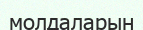
молдаларын